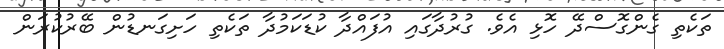
ތަކެތި ގެންގޮސްދޭ ހޮޅި އެވެ. ގުރުދާގައި އުފައްދާ ކުޑަކަމުދާ ތަކެތި ހަށިގަނޑުން ބޭރުކުރަން